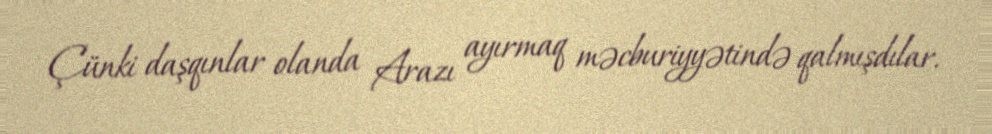
Çünki daşqınlar olanda Arazı ayırmaq məcburiyyətində qalmışdılar.